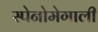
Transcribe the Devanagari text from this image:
स्पेनोमेगाली